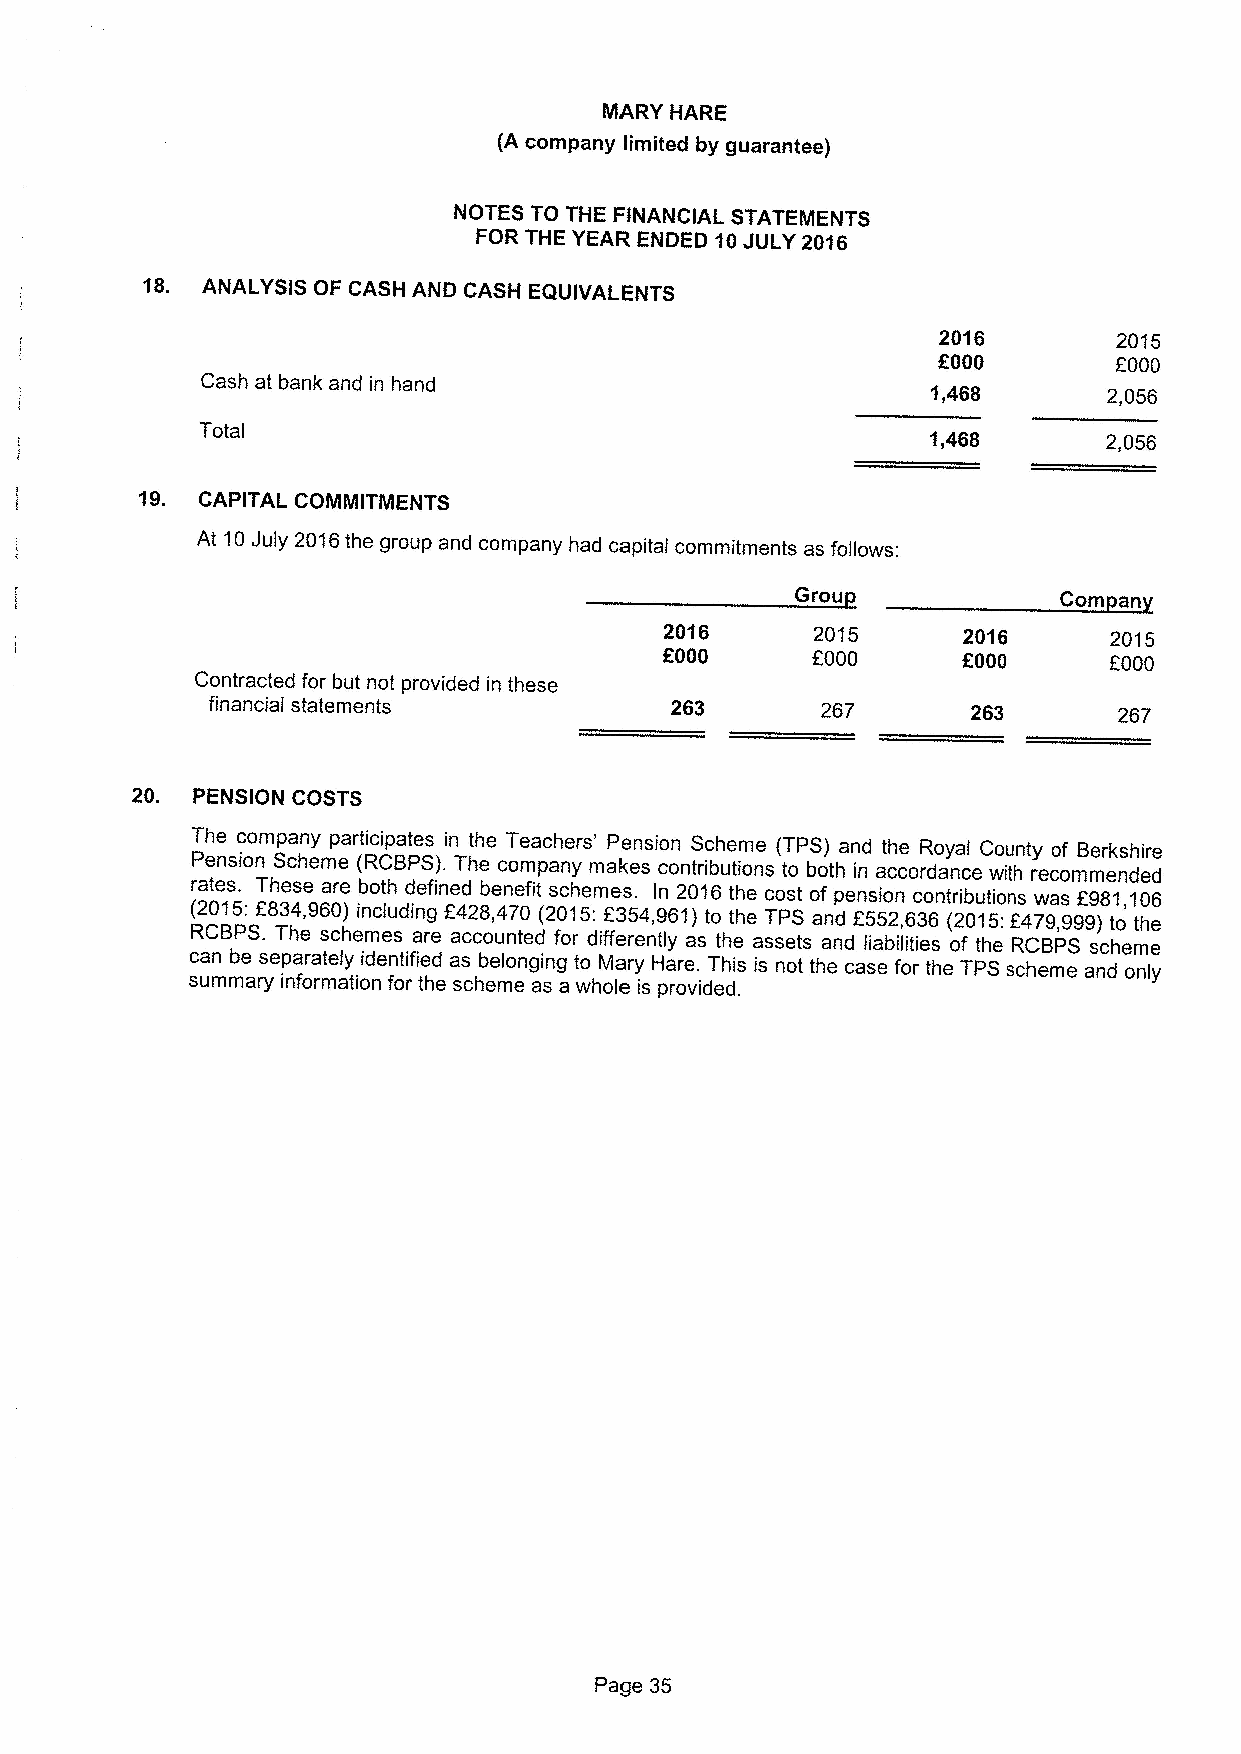
MARY HARE
 (A company limited by guarantee)
 NOTES TO THE FINANCIAL STATEMENTS
 FOR THE YEAR ENDED 10JULY 2016
 18. ANALYSIS OF CASH AND CASH EQUIVALENTS
 2016        2015
 OOOO        f000
 Cash at bank and in hand                         1,468      2,056
 Total
 1,468      2,056
 19. CAPITAL COMMITMENTS
 At 10July 2016the group and company had capital commitments as follows:
 Grou             Com an
 2016      2015      2016     2015
 OOOO      f000      f000     f000
 Contracted for but not provided in these
 financial statements          263       267       263       267
 20. PENSION COSTS
 The company participates in the Teachers' Pension Scheme (TPS) and the Royal County of Berkshire
 Pension Scheme (RCBPS).The company makes contributions to both in accordance with recommended
 rates. These are both defined benefit schemes. In 2016the cost of pension contributions was 2981,106
 ( R2 C0 B15 P: Sf .8 T3 h4 e,96 sc0 h) ei mnc elu sdin ag reF a4 c2 c8 o, u4 n? te0 d(2 f0 o1 r5 d: if2 fe3 r5 en4 t, ly961 a) sto tht ehe asT sP etS
 s
 an and df5 li5 ab2 il, i6 tie3 s6 ( o2 f0 t1 h5 e:f R4 C7 B9, P9 S99 s) chto emth ee
 can be separately identified as belonging to Mary Hare. This is not the case for the TPS scheme and only
 summary information for the scheme as a whole is provided.
 Page 35